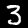
Label: 3